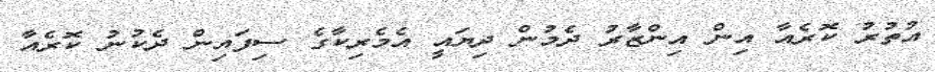
އުތުރު ކޮރެއާ އިން އިންޒާރު ދެމުން ދިޔައީ އެމެރިކާގެ ސިފައިން ދެކުނު ކޮރެއާ